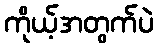
ကိုယ့်အတွက်ပဲ